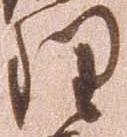
理